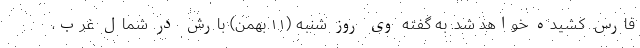
فارس کشیده خواهد شد. به گفته وی روز شنبه (۱۱ بهمن) بارش در شمال غرب،